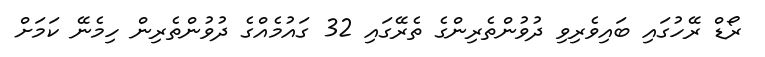
ރޯޑް ރޭހުގައި ބައިވެރިވި ދުވުންތެރިންގެ ތެރޭގައި 32 ގައުމެއްގެ ދުވުންތެރިން ހިމެނޭ ކަމަށް